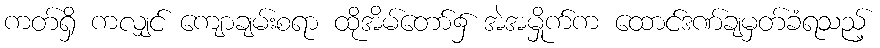
ကတ်ရှိ ကလျှင် ကျောချမ်းစရာ ထိုအိမ်တော်၌ အဲအမှိုက်က ထောင်ဒဏ်ချမှတ်ခံရသည့်